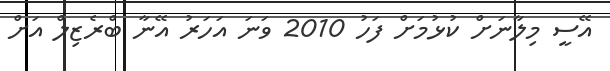
އޭސީ މިލާނަށް ކުޅުމަށް ފަހު 2010 ވަނަ އަހަރު އޭނާ ބްރެޒިލް އަށް